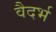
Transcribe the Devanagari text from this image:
वैदर्भ